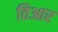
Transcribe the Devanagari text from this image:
तिआर